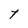
Character: t